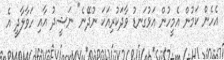
އެހެން ކަމުން އެމީހުން އަޅުގަނޑު ވާދަކުރިއަކަ ނުދޭނެ" ނަޝީދު އާއި ހަވާލާދީ އެ